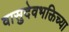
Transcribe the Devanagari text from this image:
वासुदेवभक्तिच्या